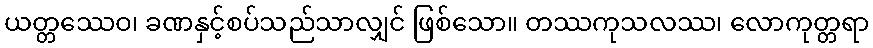
ယတ္တဿေဝ၊ ခဏနှင့်စပ်သည်သာလျှင် ဖြစ်သော။ တဿကုသလဿ၊ လောကုတ္တရာ